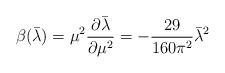
LaTeX: \begin{align*}\beta (\bar{\lambda})= \mu^2 \frac{\partial \bar{\lambda} }{\partial \mu^2 }= -\frac{29}{160 \pi^2 } \bar{\lambda}^2\end{align*}